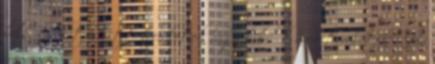
belsők-e kitöltött területek vagy külsők üres területek . Ha